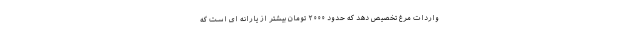
واردات مرغ تخصیص دهد که حدود ۲۰۰۰ تومان بیشتر از یارانه ای است که